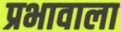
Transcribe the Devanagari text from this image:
प्रभावाला